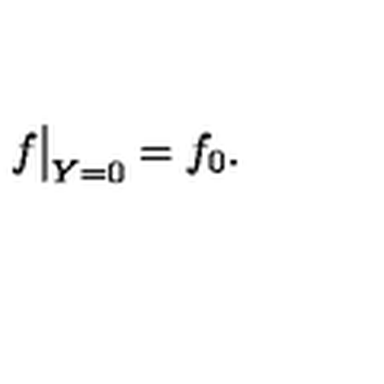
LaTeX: f { \bigr | } _ { Y = 0 } = f _ { 0 } .